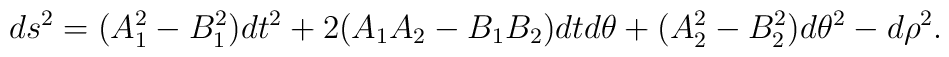
ds^2=(A_1^2-B_1^2) dt^2+ 2 (A_1 A_2-B_1 B_2)dtd\theta + (A_2^2-B^2_2) d\theta^2-d\rho^2.